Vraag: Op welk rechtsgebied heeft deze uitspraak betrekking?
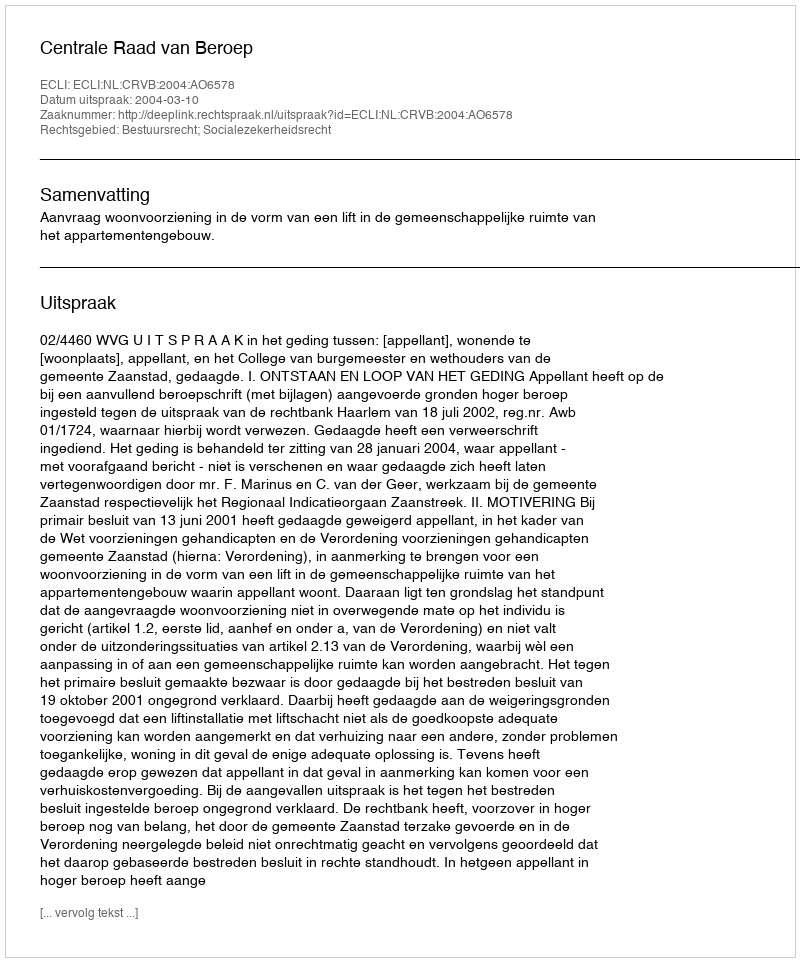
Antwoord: Bestuursrecht; Socialezekerheidsrecht